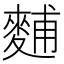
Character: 麱